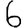
Digit: 6